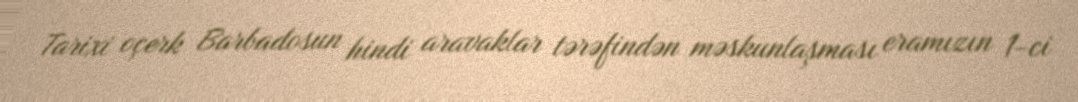
Tarixi oçerk Barbadosun hindi aravaklar tərəfindən məskunlaşması eramızın 1-ci